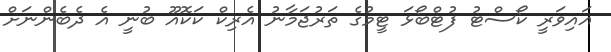
އައިވަރީ ކޯސްޓު ފުޓްބޯޅަ ޓީމުގެ ތަރުޖަމާނު އެރިކް ކަކޮއޫ ބުނީ އެ ދެބެންނަށް